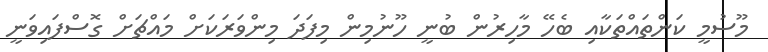
މޫސުމީ ކަންތައްތަކާއި ބެހޭ މާހިރުން ބުނީ ހޫނުމިން މިފަދަ މިންވަރަކަށް މައްޗަށް ގޮސްފައިވަނީ